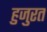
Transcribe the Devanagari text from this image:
हुजुरत